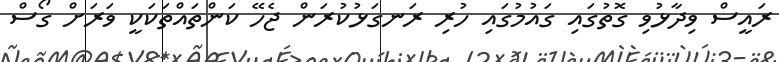
ރައީސް ވިދާޅުވި ގޮތުގައި ގައުމުގައި ހުރި ރަނގަޅުކުރަން ޖެހޭ ކަންތައްތަކަކީ ވަރަށް ގޯސް